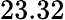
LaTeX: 23.32